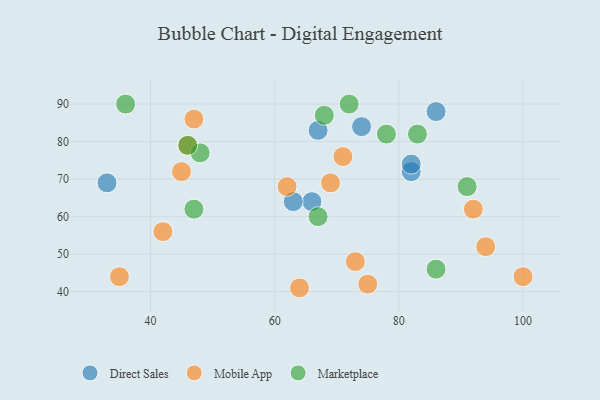
{"axis": {"x": "GDP", "y": "Life Expectancy"}, "legend": ["Direct Sales", "Marketplace", "Mobile App"], "data": [{"x": "66", "y": 64, "type": "Direct Sales"}, {"x": "82", "y": 72, "type": "Direct Sales"}, {"x": "33", "y": 69, "type": "Direct Sales"}, {"x": "74", "y": 84, "type": "Direct Sales"}, {"x": "82", "y": 74, "type": "Direct Sales"}, {"x": "63", "y": 64, "type": "Direct Sales"}, {"x": "86", "y": 88, "type": "Direct Sales"}, {"x": "67", "y": 83, "type": "Direct Sales"}, {"x": "47", "y": 86, "type": "Mobile App"}, {"x": "94", "y": 52, "type": "Mobile App"}, {"x": "69", "y": 69, "type": "Mobile App"}, {"x": "45", "y": 72, "type": "Mobile App"}, {"x": "42", "y": 56, "type": "Mobile App"}, {"x": "92", "y": 62, "type": "Mobile App"}, {"x": "75", "y": 42, "type": "Mobile App"}, {"x": "73", "y": 48, "type": "Mobile App"}, {"x": "71", "y": 76, "type": "Mobile App"}, {"x": "35", "y": 44, "type": "Mobile App"}, {"x": "64", "y": 41, "type": "Mobile App"}, {"x": "100", "y": 44, "type": "Mobile App"}, {"x": "62", "y": 68, "type": "Mobile App"}, {"x": "46", "y": 79, "type": "Mobile App"}, {"x": "91", "y": 68, "type": "Marketplace"}, {"x": "72", "y": 90, "type": "Marketplace"}, {"x": "86", "y": 46, "type": "Marketplace"}, {"x": "78", "y": 82, "type": "Marketplace"}, {"x": "48", "y": 77, "type": "Marketplace"}, {"x": "36", "y": 90, "type": "Marketplace"}, {"x": "67", "y": 60, "type": "Marketplace"}, {"x": "83", "y": 82, "type": "Marketplace"}, {"x": "47", "y": 62, "type": "Marketplace"}, {"x": "68", "y": 87, "type": "Marketplace"}, {"x": "46", "y": 79, "type": "Marketplace"}]}